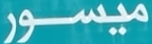
ميسور